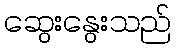
ဆွေးနွေးသည်